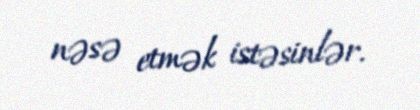
nəsə etmək istəsinlər.